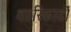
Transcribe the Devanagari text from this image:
था।रिकार्डो